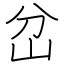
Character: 岔